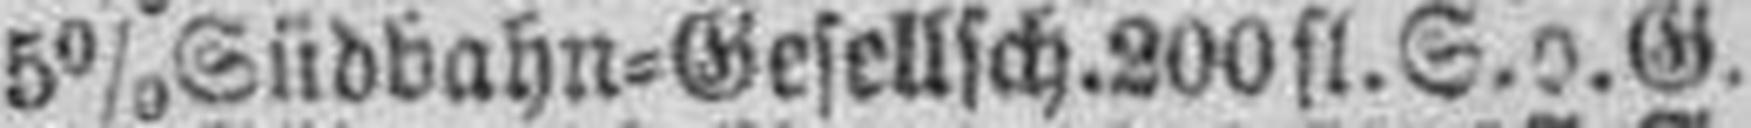
5% Südbahn=Gesellsch. 200 fl. S. o. G.